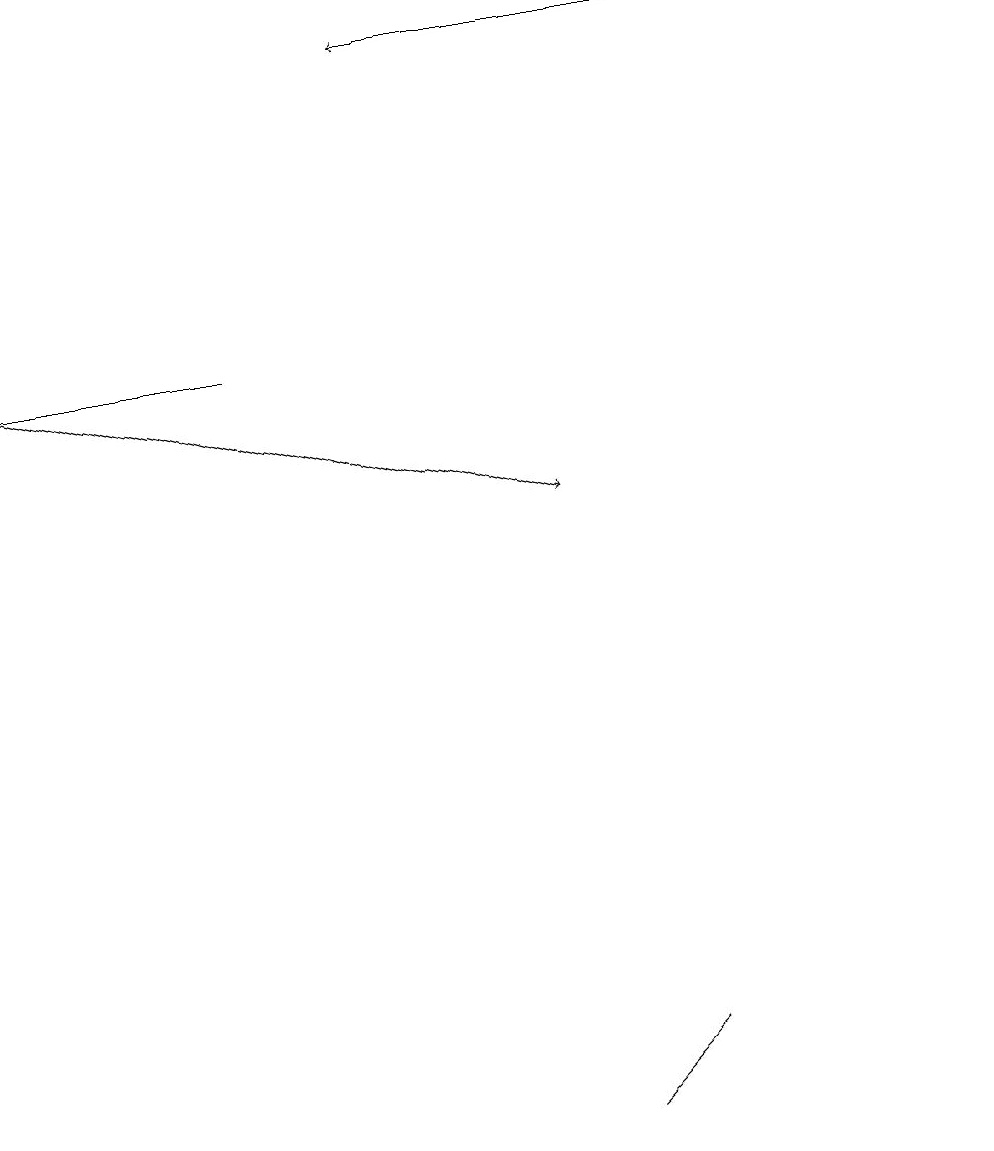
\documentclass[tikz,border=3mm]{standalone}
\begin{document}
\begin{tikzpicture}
\draw[->] (9,18) -- (5,18);
\draw (12,10) circle (0);
\draw[->] (3,14) -- (0,14);
\draw[->] (0,14) -- (7,12);
\draw (7,4) -- (7,4) -- (8,5) -- cycle;
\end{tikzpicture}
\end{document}